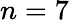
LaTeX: n=7